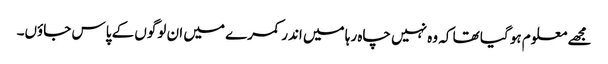
مجھے معلوم ہو گیا تھا کہ وہ نہیں چاہ رہا میں اندر کمرے میں ان لوگوں کے پاس جاؤں۔